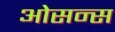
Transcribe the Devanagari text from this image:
ओसन्स